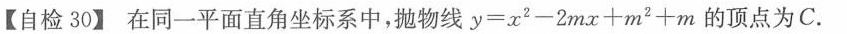
【自检30】在同一平面直角坐标系中，抛物线$$y = x ^ { 2 ) - 2 m x + m ^ { 2 } + m$$的顶点为C。